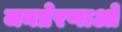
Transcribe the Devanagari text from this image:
जनप्रेरणाओं